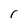
Character: r